Annual administration report of the Civil Veterinary Department of India - 1897-1898
Year: 1897
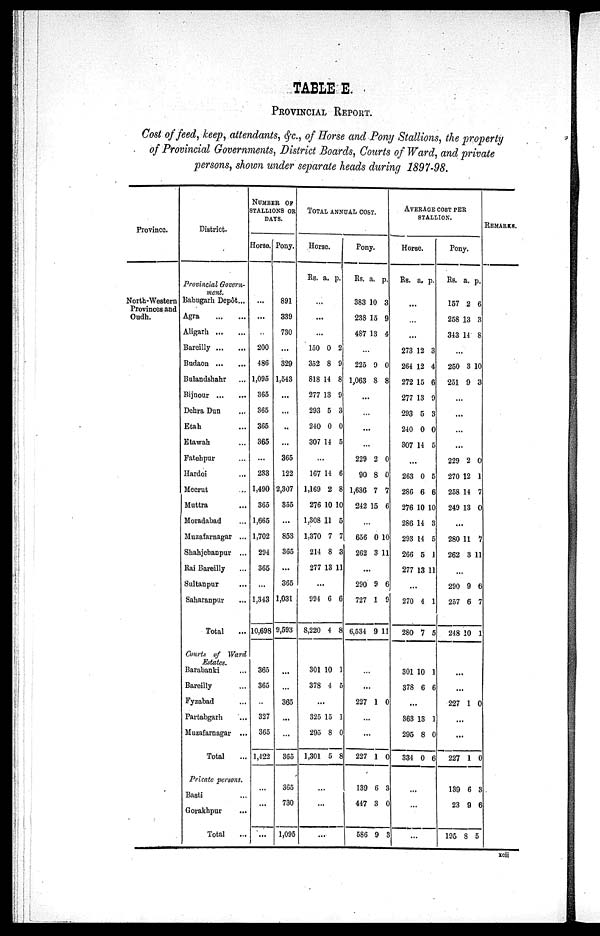
TABLE E.
PROVINCIAL REPORT.
Cost of feed, keep, attendants, &c., of Horse and Pony Stallions, the property
of Provincial Governments, District Boards, Courts of Ward, and private
persons, shown under separate heads during 1897-98.
Province.
North-Western
Provinces and
Oudh.
District.
Provincial Govern-
ment.
Babugarh Depôt...
Agra
...
Aligarh
...
...
Bareilly
...
...
Budaon
...
...
Bulandshahr ...
Bijnour
...
...
Dehra Dun ...
Etah ...
Etawah ...
Fatehpur ...
Hardoi ...
Meerut ...
Muttra ...
Moradabad ...
Muzafarnagar ...
Shahjebanpur ...
Rai Bareilly ...
Sultanpur ...
Saharanpur ...
Total
Courts of Ward
Estates.
Barabanki ...
Bareilly ...
Fyzabad ...
Partabgarh ...
Muzafarnagar ...
Total
Private persons.
Basti ...
Gorakhpur ...
Total
NUMBER OF
STALLIONS
OR
DAYS.
Horse.
...
...
200
486
1,095
365
365
365
365
...
233
1,490
365
1,665
1,702
294
365
...
1,343
10,698
365
365
...
327
365
1,122
...
...
...
Pony.
891
339
730
...
329
1,543
...
...
...
...
365
122
2,307
355
...
853
365
...
365
1,031
9,593
...
...
365
...
...
365
365
730
1,095
TOTAL ANNUAL COST.
Horse.
Rs.
150
352
818
277
293
240
307
167
1,169
276
1,308
1,370
214
277
994
8,220
301
378
325
295
1,301
a.
...
...
...
0
8
14
13
5
0
14
...
14
2
10
11
7
8
13
...
6
4
10
4
...
15
8
5
...
...
...
p.
2
9
8
9
3
0
5
6
8
10
5
7
3
11
6
8
1
5
1
0
8
Pony.
Rs.
383
238
487
225
1,063
229
90
1,636
242
656
262
290
727
6,534
...
...
227
...
...
227
13
44
58
a.
10
15
13
...
9
8
...
...
...
...
2
8
7
15
...
0
3
...
9
1
9
1
1
9 6
7 3
6
p.
3
9
4
0
8
0
0
7
6
10
11
6
9
11
0
0
3
0
9 3
AVERAGE COST PER STALLION.
Horse.
Rs.
273
264
272
277
293
240
307
263
286
276
286
293
266
277
270
280
301
378
363
295
334
...
...
...
a.
...
...
...
12
12
15
13
5
0
14
...
0
6
10
14
14
5
13
...
4
7
10
6
...
13
8
0
p.
3
4
6
9
3
0
5
5
6
10
3
5
1
11
1
5
1
6
1
0
6
Pony.
Rs.
157
258
343
.
250
251
.
.
.
.
229
270
258
249
280
262
290
257
248
...
227
227
139
23
195
a.
2
13
14
..
3
9
..
..
..
..
2
12
14
13
...
11
3
...
9
6
10
...
1
...
1
6
9
8
p.
6
3
8
10
3
0
1
7
0
7
11
6
7
1
0
0
3
0
5
REMARKS.
3
xcii